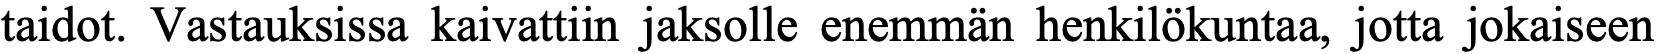
taidot. Vastauksissa kaivattiin jaksolle enemmän henkilökuntaa, jotta jokaiseen